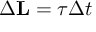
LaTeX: \Delta \mathbf { L } = { \boldsymbol { \tau } } \Delta t